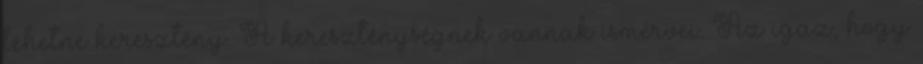
lehetne keresztény. A kereszténységnek vannak ismérvei. Az igaz, hogy